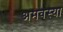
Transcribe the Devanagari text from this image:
अमवस्या